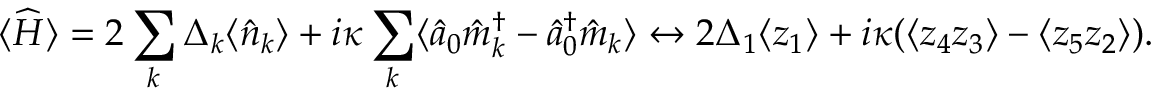
\langle \widehat { H } \rangle = 2 \sum _ { k } \Delta _ { k } \langle \hat { n } _ { k } \rangle + i \kappa \sum _ { k } \langle \hat { a } _ { 0 } \hat { m } _ { k } ^ { \dagger } - \hat { a } _ { 0 } ^ { \dagger } \hat { m } _ { k } \rangle \leftrightarrow 2 \Delta _ { 1 } \langle z _ { 1 } \rangle + i \kappa ( \langle z _ { 4 } z _ { 3 } \rangle - \langle z _ { 5 } z _ { 2 } \rangle ) .